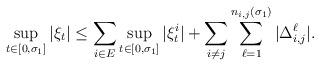
LaTeX: \begin{align*}\sup_{t\in[0,\sigma_1]} |\xi_t|\leq \sum_{i\in E}\sup_{t\in[0,\sigma_1]}|\xi^i_t| + \sum_{i\neq j}\sum_{\ell= 1}^{n_{i,j}(\sigma_1)}|\Delta_{i,j}^\ell|.\end{align*}